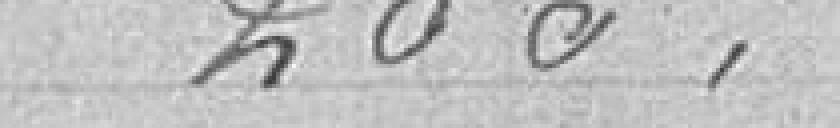
200